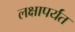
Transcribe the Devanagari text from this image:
लक्षापर्यंत